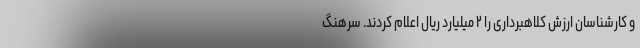
و کارشناسان ارزش کلاهبرداری را ۲ میلیارد ریال اعلام کردند. سرهنگ